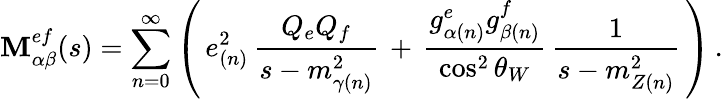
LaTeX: \mathbf{M}_{\alpha\beta}^{ef}(s)=\sum_{n=0}^{\infty}\left(\, e_{(n)}^{2}\, \frac{{Q_{e}Q_{f}}}{{s-m_{\gamma(n)}^{2}}}\, +\, \frac{{g_{\alpha(n)}^{e}g_{\beta(n)}^{f}}}{{\cos^{2}\theta_{W}}}\, \frac{{1}}{{s-m_{Z(n)}^{2}}}\, \right)\, .